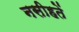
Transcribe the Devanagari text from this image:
नसीहतें